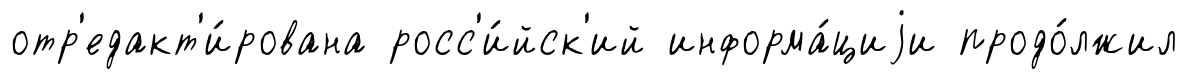
отр'едакт'и́рована росс'и́йск'ий информа́циjи продо́лжил